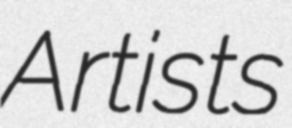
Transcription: Artists